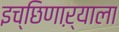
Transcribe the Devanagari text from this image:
इच्छिणाऱ्याला